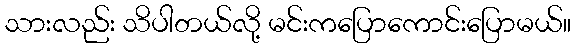
သားလည်း သိပါတယ်လို့ မင်းကပြောကောင်းပြောမယ်။